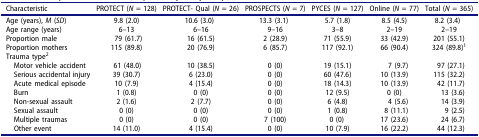
| Characteristic | PROTECT (N = 128) | PROTECT- Qual (N = 26) | PROSPECTS (N = 7) | PYCES (N = 127) | Online (N = 77) | Total (N = 365) |
 | --- | --- | --- | --- | --- | --- | --- |
 | Age (years), M (SD) | 9.8 (2.0) | 10.6 (3.0) | 13.3 (3.1) | 5.7 (1.8) | 8.5 (4.5) | 8.2 (3.4) |
 | Age range (years) | 6–13 | 6–16 | 9–16 | 3–8 | 2–19 | 2–19 |
 | Proportion male | 79 (61.7) | 16 (61.5) | 2 (28.9) | 71 (55.9) | 33 (42.9) | 201 (55.1) |
 | Proportion mothers | 115 (89.8) | 20 (76.9) | 6 (85.7) | 117 (92.1) | 66 (90.4) | 324 (89.8)1 |
 | Trauma type2 |  |  |  |  |  |  |
 | Motor vehicle accident | 61 (48.0) | 10 (38.5) | 0 (0) | 19 (15.1) | 7 (9.7) | 97 (27.1) |
 | Serious accidental injury | 39 (30.7) | 6 (23.0) | 0 (0) | 60 (47.6) | 10 (13.9) | 115 (32.2) |
 | Acute medical episode | 10 (7.9) | 4 (15.4) | 0 (0) | 18 (14.3) | 10 (13.9) | 42 (11.7) |
 | Burn | 1 (0.8) | 0 (0) | 0 (0) | 12 (9.5) | 0 (0) | 13 (3.6) |
 | Non-sexual assault | 2 (1.6) | 2 (7.7) | 0 (0) | 6 (4.8) | 4 (5.6) | 14 (3.9) |
 | Sexual assault | 0 (0) | 0 (0) | 0 (0) | 1 (0.8) | 8 (11.1) | 9 (2.5) |
 | Multiple traumas | 0 (0) | 0 (0) | 7 (100) | 0 (0) | 17 (23.6) | 24 (6.7) |
 | Other event | 14 (11.0) | 4 (15.4) | 0 (0) | 10 (7.9) | 16 (22.2) | 44 (12.3) |